Indian journal of veterinary science and animal husbandry - Volumes 22-23, 1952-1953
Year: 1952
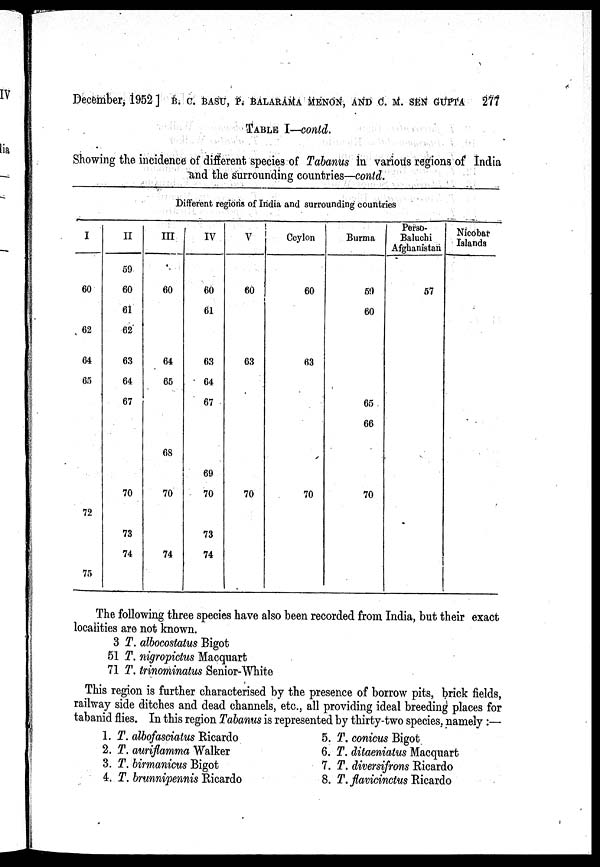
December, 1952] B. C. BASU, P. BALARAMA MENON, AND C. M. SEN GUPTA 277
TABLE I—contd.
Showing the incidence of different species of Tabanus in various regions of India
and the surrounding countries—contd.
Different regions of India and surrounding countries
I
60
62
64
65
72
75
II
59
60
61
62
63
64
67
70
73
74
III
60
64
65
68
70
74
IV
60
61
63
64
67
69
70
73
74
V
60
63
70
Ceylon
60
63
70
Burma
59
60
65
66
70
Perso-
Baluchi
Afghanistan
57
Nicobar
Islands
The following three species have also been recorded from India, but their exact
localities are not known.
3 T. albocostatus Bigot
51 T. nigropictus Macquart
71 T. trinominatus Senior-White
This region is further characterised by the presence of borrow pits, brick fields,
railway side ditches and dead channels, etc., all providing ideal breeding places for
tabanid flies. In this region Tabanus is represented by thirty-two species, namely:—
1. T. albofasciatus Ricardo
2. T. auriflamma Walker
3. T. birmanicus Bigot
4. T. brunnipennis Ricardo
5. T. conicus Bigot
6. T. ditaeniatus Macquart
7. T. diversifrons Ricardo
8. T. flavicinctus Ricardo